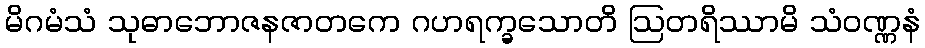
မိဂမံသံ သုဓာဘောဇနဇာတကေ ဂဟရက္ခသောတိ ဩတရိဿာမိ သံဝဏ္ဏနံ